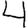
Digit: 4